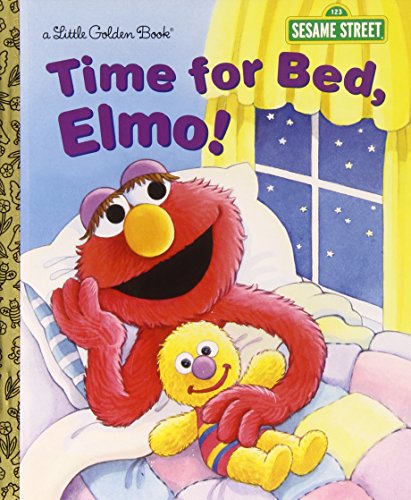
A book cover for Time for Bed, Elmo! (Sesame Street) (Little Golden Book); Sarah Albee; Children's Books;